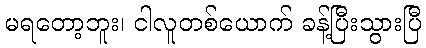
မရတော့ဘူး၊ ငါလူတစ်ယောက် ခန့်ပြီးသွားပြီ